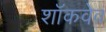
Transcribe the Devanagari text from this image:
शॉकवेव